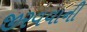
જીરવવાની